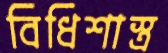
বিধিশাস্ত্র